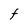
Character: t